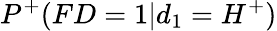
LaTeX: P^{+}(FD=1|d_{1}=H^{+})